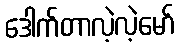
ဒေါက်တာလဲ့လဲ့မော်